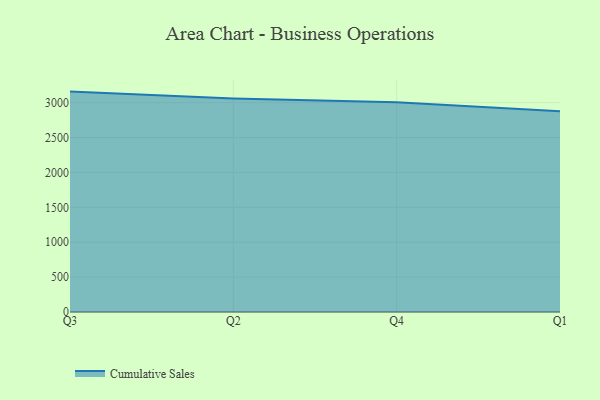
{"axis": {"x": "Quarter", "y": "Production Output"}, "legend": ["Cumulative Sales"], "data": [{"x": "Q3", "y": 3158.7, "type": "Cumulative Sales"}, {"x": "Q2", "y": 3061.3, "type": "Cumulative Sales"}, {"x": "Q4", "y": 3004.5, "type": "Cumulative Sales"}, {"x": "Q1", "y": 2876.6, "type": "Cumulative Sales"}]}